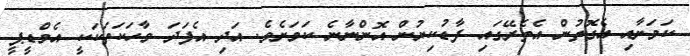
ކަމަށާއި އެގޮތުން އެތެރޭގައި ފާޑުކިޔުން އޮންނާނެ ކަމަށެވެ. އަދި އެފަދަ ވާހަކަތަކަކީ އެމްޑީޕީ